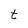
Character: t